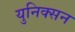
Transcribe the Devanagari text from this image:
युनिक्सन